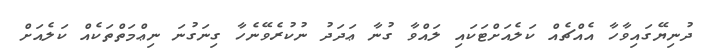
ދުނިޔޭގައިވާހާ އެއްޗެއް ކަލެއަށްޓަކައި ލައްވާ ގުނާ ޢަދަދު ނުކުރެވޭނެހާ ގިނަގުނަ ނިޢްމަތްތަކެއް ކަލެއަށް